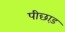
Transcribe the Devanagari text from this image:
पीछाड़